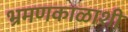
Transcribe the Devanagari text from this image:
भ्रमणकाळाशी